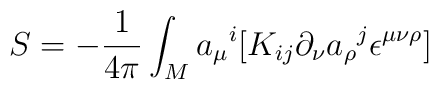
S=-{1\over4\pi}\int_{M}{a_{\mu}}^{i}[K_{ij}\partial_{\nu}{a_{\rho}}^{j}\epsilon^{\mu\nu\rho}]